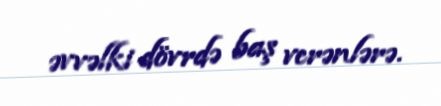
əvvəlki dövrdə baş verənlərə.